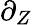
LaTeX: \partial_{Z}